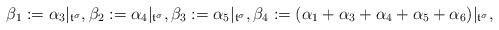
LaTeX: \begin{align*}\beta_1:=\alpha_3|_{\frak{t}^\sigma},\beta_2:=\alpha_4|_{\frak{t}^\sigma},\beta_3:=\alpha_5|_{\frak{t}^\sigma},\beta_4:=(\alpha_1+\alpha_3+\alpha_4+\alpha_5+\alpha_6)|_{\frak{t}^\sigma},\end{align*}